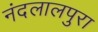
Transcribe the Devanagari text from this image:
नंदलालपुरा